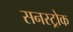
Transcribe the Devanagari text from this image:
सनस्ट्रोक